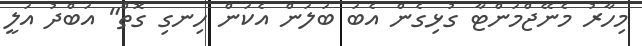
މިހާރު މެނޭޖްމަންޓާ ގުޅިގެން އެބަ ބަލަން އެކަން ހިނގި ގޮތް" އަބްދު އަލީ